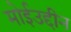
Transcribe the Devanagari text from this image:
मोईउद्दीन